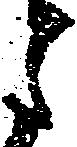
月